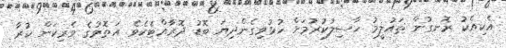
އެކިއެކު ރޮނގުން ތައުލީމު ހާސިލުކުރުމަށް ހުޅުވިގެންދިޔަ ބޮޑު ދޮރާއްޓެކެވެ. އަތޮޅުގެ ވެރިކަން ކުރާ